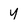
Character: Y